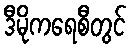
ဒီမိုကရေစီတွင်